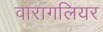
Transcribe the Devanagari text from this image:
वारागलियर